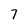
Character: 7